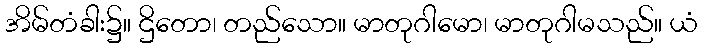
အိမ်တံခါး၌။ ဌိတော၊ တည်သော။ မာတုဂါမော၊ မာတုဂါမသည်။ ယံ